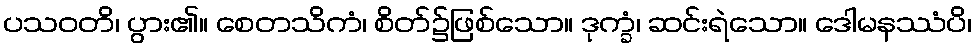
ပသဝတိ၊ ပွား၏။ စေတသိကံ၊ စိတ်၌ဖြစ်သော။ ဒုက္ခံ၊ ဆင်းရဲသော။ ဒေါမနဿံပိ၊